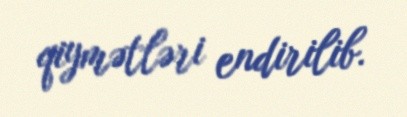
qiymətləri endirilib.